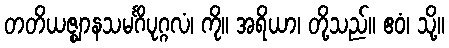
တတိယဇ္ဈာနသမင်္ဂိပုဂ္ဂလံ၊ ကို။ အရိယာ၊ တို့သည်။ ဧဝံ၊ သို့။